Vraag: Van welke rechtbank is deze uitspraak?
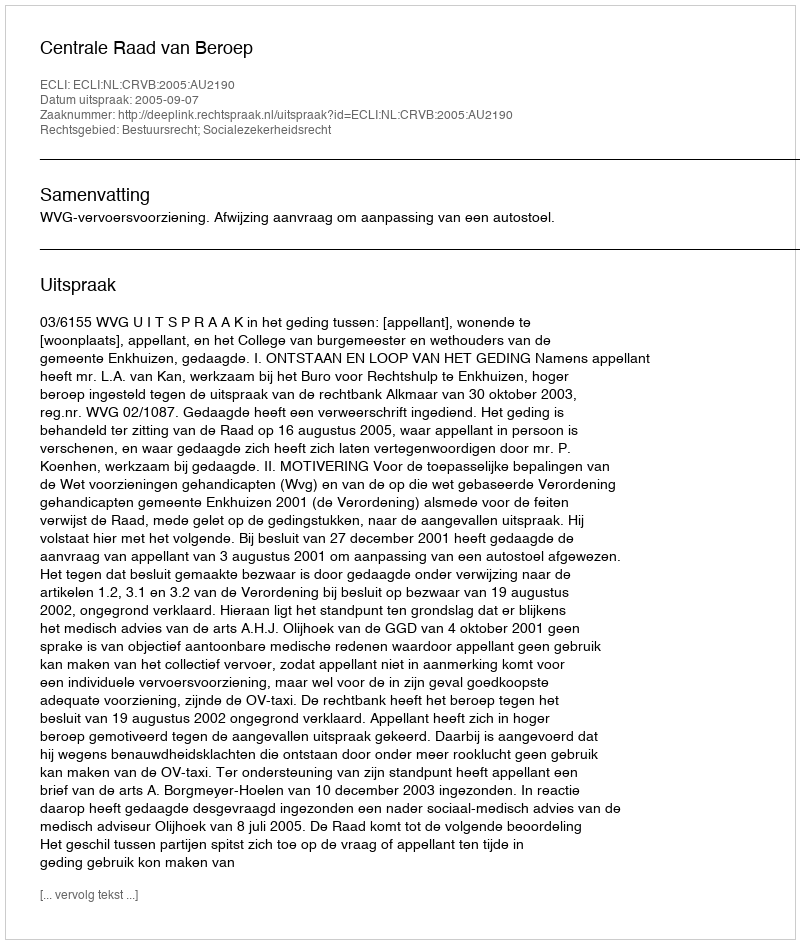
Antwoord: Centrale Raad van Beroep